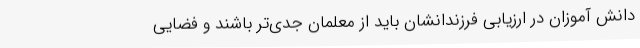
دانش آموزان در ارزیابی فرزندانشان باید از معلمان جدی‌تر باشند و فضایی